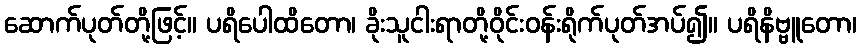
ဆောက်ပုတ်တို့ဖြင့်။ ပရိပေါထိတော၊ ခိုးသူငါးရာတို့ဝိုင်းဝန်းရိုက်ပုတ်အပ်၍။ ပရိနိဗ္ဗူတော၊